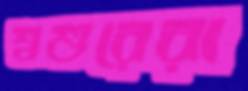
শ্বশুরেরা